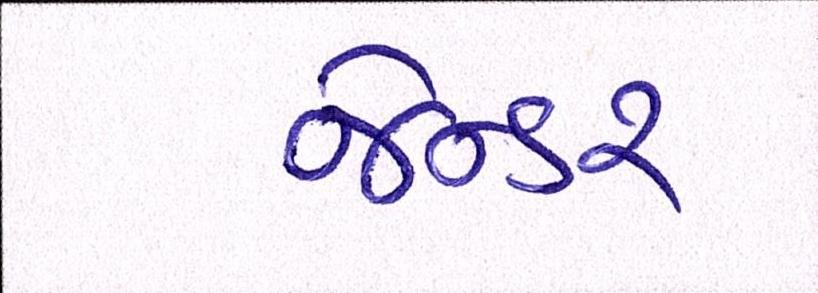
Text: જેન્ડર